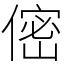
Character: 㑻